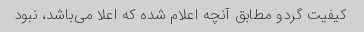
کیفیت گردو مطابق آنچه اعلام شده که اعلا می‌باشد، نبود